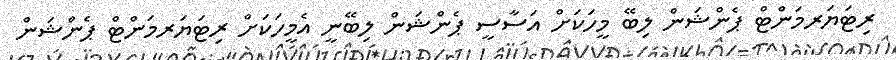
ރިޓަޔަރމަންޓް ޕެންޝަން ލިބޭ މީހަކަށް އަސާސީ ޕެންޝަން ލިބޭނީ އެމީހަކަށް ރިޓަޔަރމަންޓް ޕެންޝަން